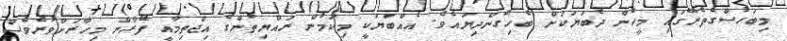
މިބަހުސްގެތެރޭގައި މީހުން ދެބަޔަކަށް ބެހިގެންދިޔައެވެ. އެއްބަޔަކީ މިކަމުން ރައްޔިތުންގެ އިޖްތިމާއީ ފޭރާން މިހާރަށްވުރެވެސް